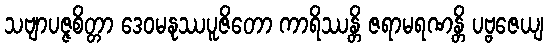
သဗျာပဇ္ဇစိတ္တာ ဒေဝမနုဿပူဇိတော ကာရိဿန္တိ ဇရာမရဏန္တိ ပဗ္ဗဇေယျ